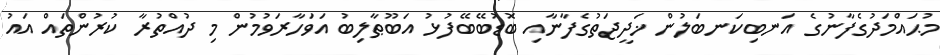
މުޙައްމަދުގެފާނުގެ އަނބިކަނބަލުން ޚަދީޖަތުގެފާނާއި ބޮޑުބޭބޭފުޅު އަބޫޠާލިބު އަވަހާރަވުމުން މި ދުއްތުރާ ކުރުންތައް އައު